Problem: 2 × 6 = ?
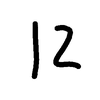
Handwritten answer: 12